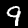
Digit: 9